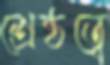
শ্রেষ্ঠত্বে